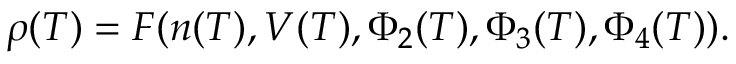
\rho ( T ) = F ( n ( T ) , V ( T ) , \Phi _ { 2 } ( T ) , \Phi _ { 3 } ( T ) , \Phi _ { 4 } ( T ) ) .